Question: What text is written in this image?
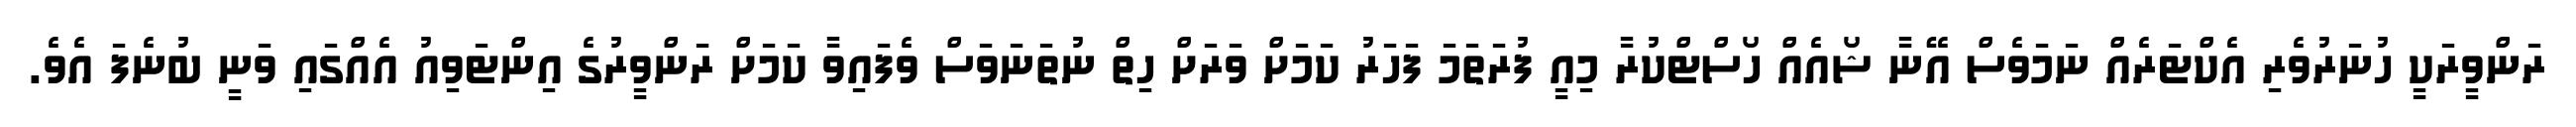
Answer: ރަންވީރަކީ ހުނަރުވެރި އެކްޓަރެއް ނަމަވެސް އޭނާ ޝޯއެއް ހޯސްޓްކުރާ މިއީ ފުރަތަމަ ފަހަރު ކަމަށް ވަރަށް ހިތް ނުތަނަވަސް ވެފައިވާ ކަމަށް ރަންވީރުގެ އިންޓަވިއު އެއްގައި ވަނީ ބުނެފަ އެވެ.